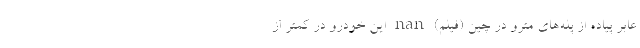
عابر پیاده از پله‌های مترو در چین (فیلم) nan این خودرو در کمتر از